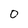
Character: 0